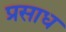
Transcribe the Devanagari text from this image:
प्रसाध